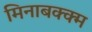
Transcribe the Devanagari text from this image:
मिनाबक्क्म